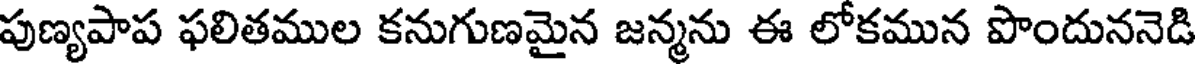
పుణ్యపాప ఫలితముల కనుగుణమైన జన్మను ఈ లోకమున పొందుననెడి